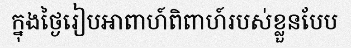
ក្នុងថ្ងៃរៀបអាពាហ៍ពិពាហ៍របស់ខ្លួនបែប